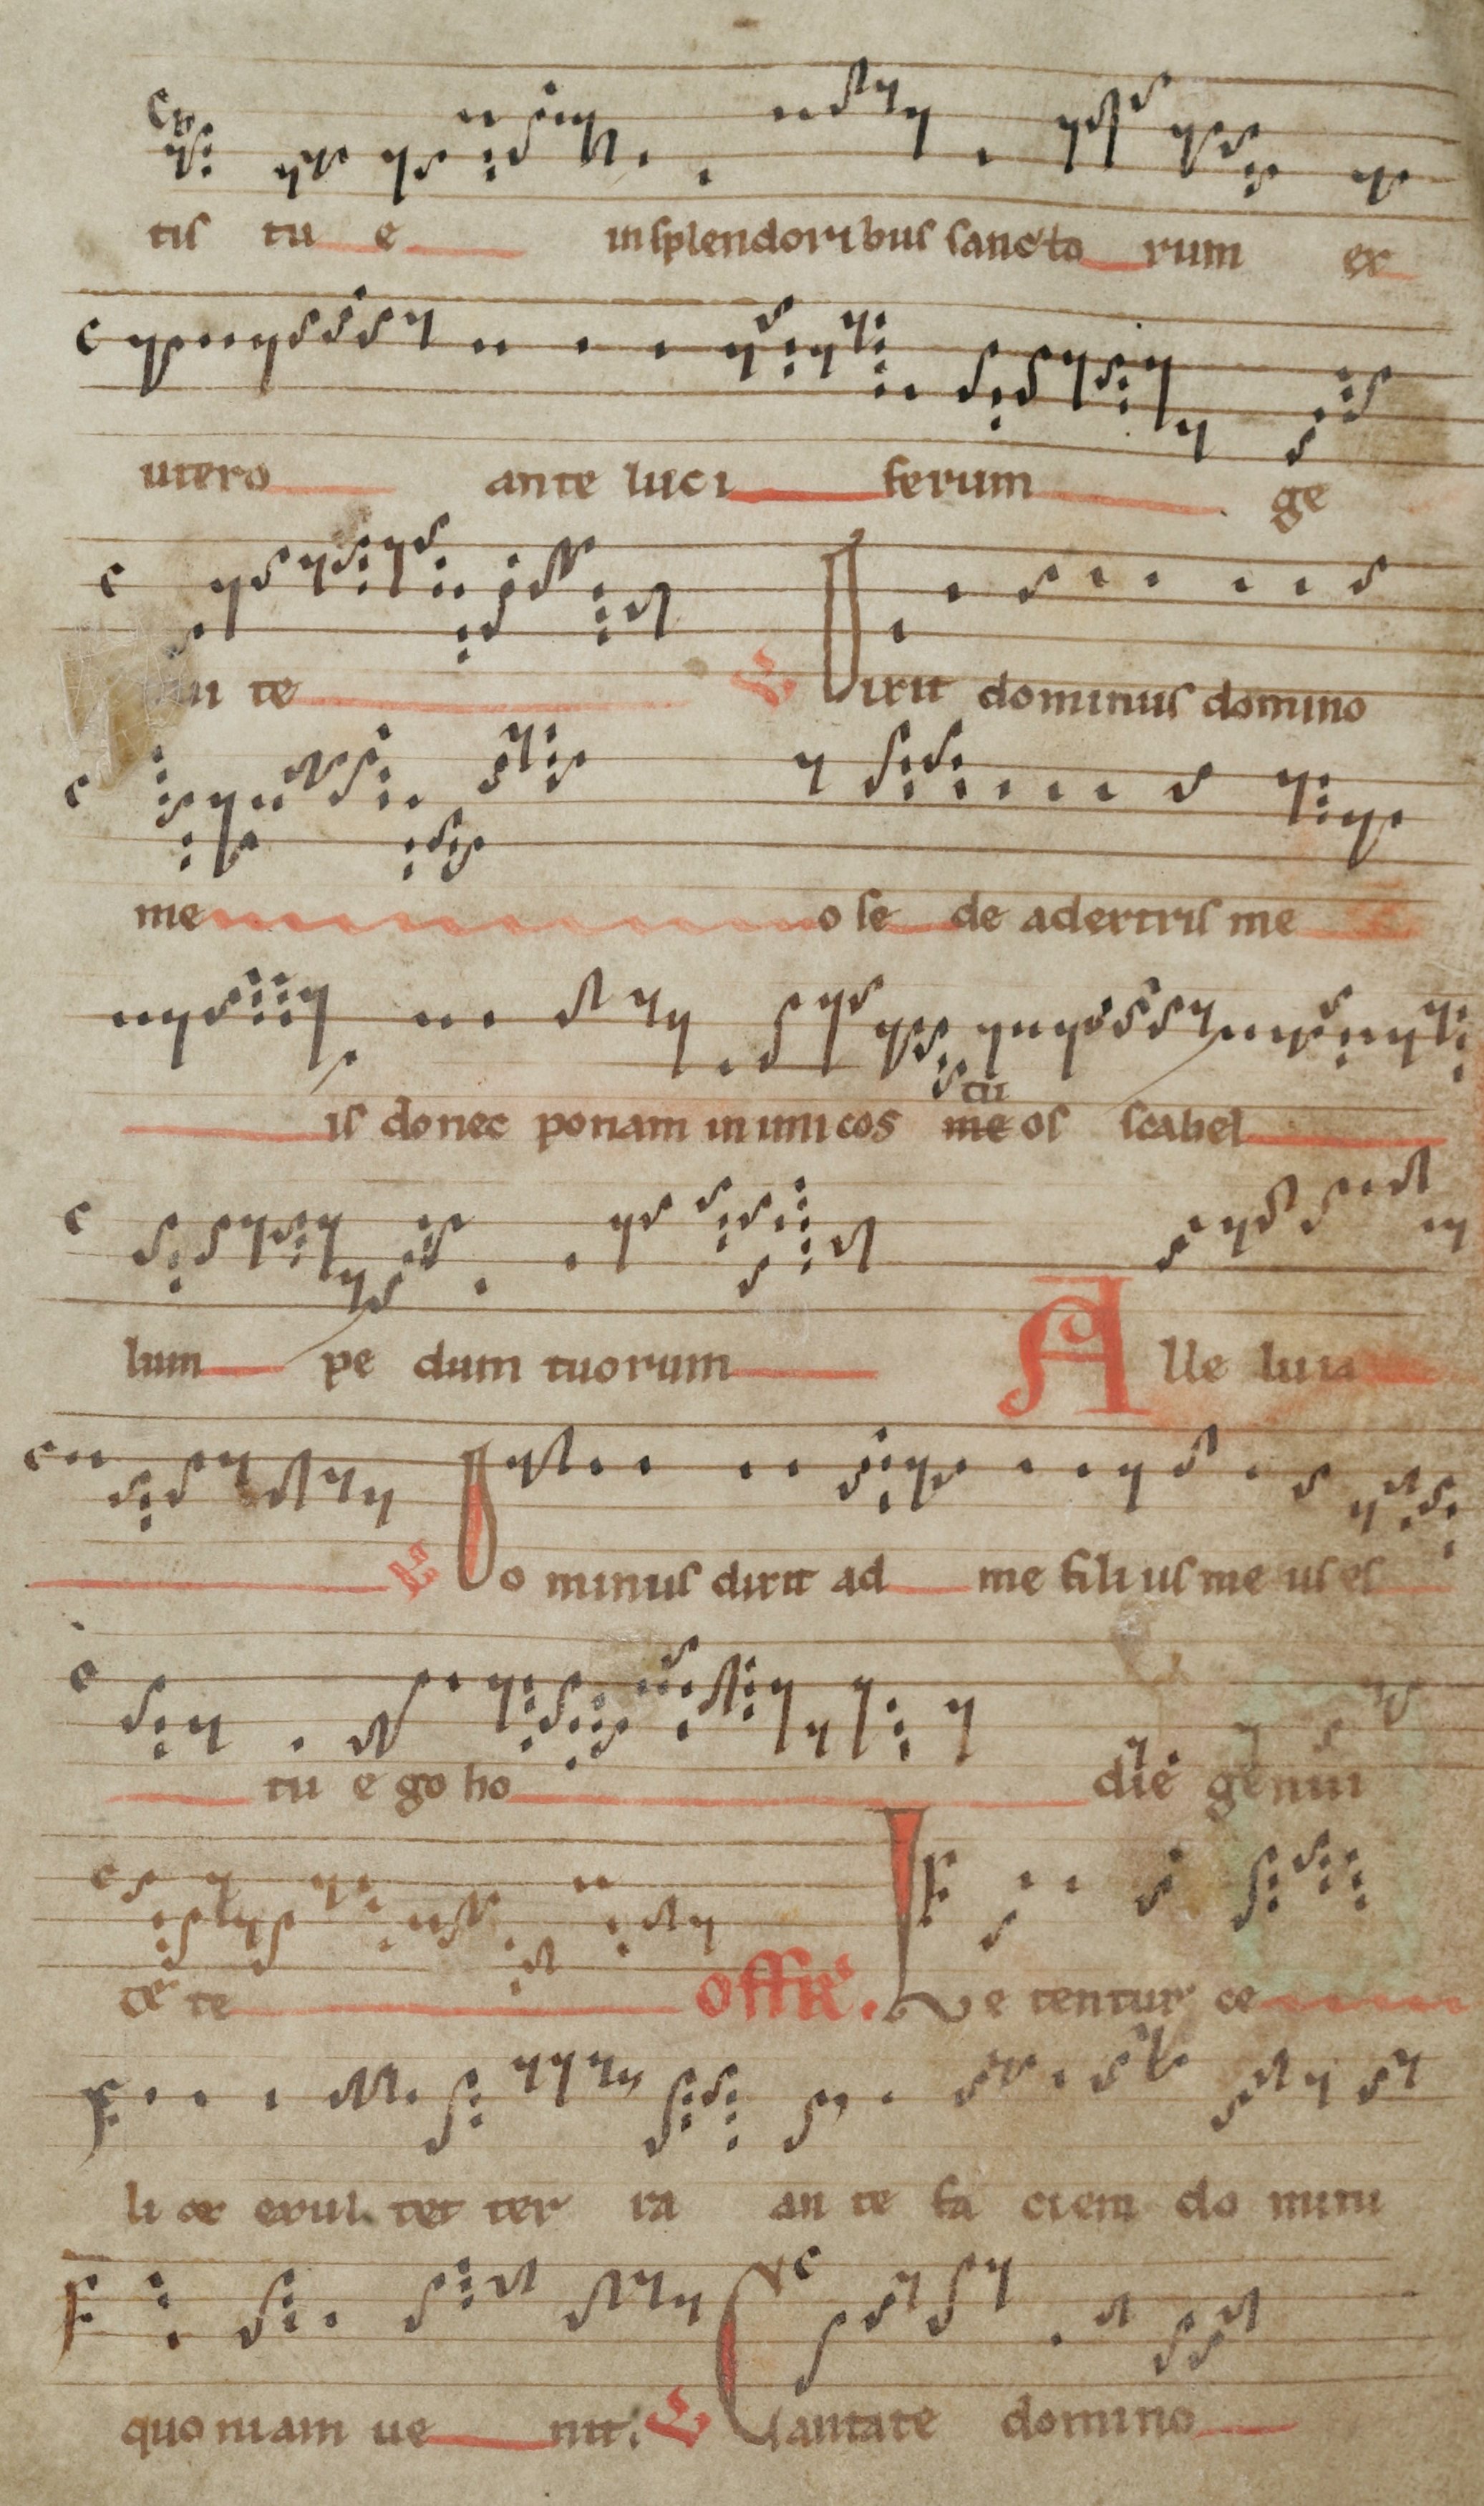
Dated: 1140–1170